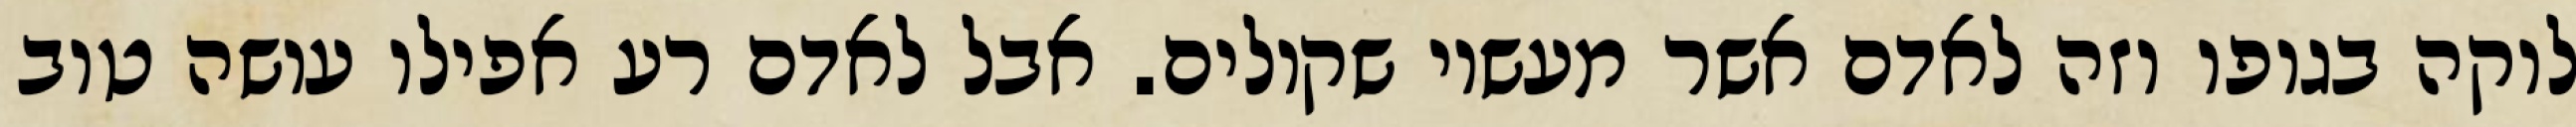
לוקה בגופו וזה לאדם אשר מעשיו שקולים. אבל לאדם רע אפילו עושה טוב